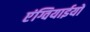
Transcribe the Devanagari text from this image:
एंग्वियाईयों